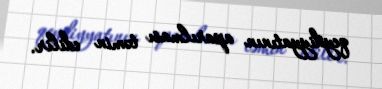
qeydiyyatının aparılması təmin edilir.